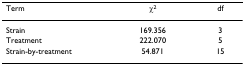
| Term | χ2 | df |
 | --- | --- | --- |
 | Strain | 169.356 | 3 |
 | Treatment | 222.070 | 5 |
 | Strain-by-treatment | 54.871 | 15 |